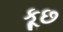
કૂછ